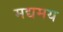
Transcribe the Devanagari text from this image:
मद्यमय